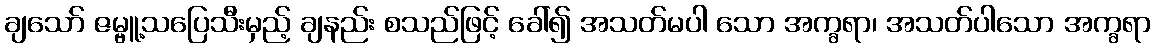
ချသော် ဇမ္ဗူ့သပြေသီးမှည့် ချနည်း စသည်ဖြင့် ခေါ်၍ အသတ်မပါ သော အက္ခရာ၊ အသတ်ပါသော အက္ခရာ